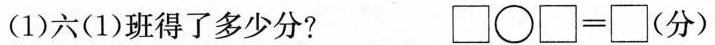
六(1)班得了多少分? \Box \circ \Box =\Box(分)